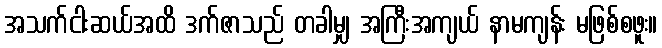
အသက်ငါးဆယ်အထိ ဒက်ဇာသည် တခါမျှ အကြီးအကျယ် နာမကျန်း မဖြစ်စဖူး။